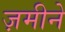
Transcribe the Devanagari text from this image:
ज़मीने